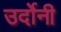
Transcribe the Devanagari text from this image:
उर्दोनी